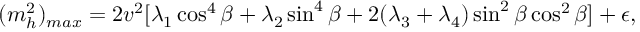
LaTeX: ( m _ { h } ^ { 2 } ) _ { m a x } = 2 v ^ { 2 } [ \lambda _ { 1 } \cos ^ { 4 } \beta + \lambda _ { 2 } \sin ^ { 4 } \beta + 2 ( \lambda _ { 3 } + \lambda _ { 4 } ) \sin ^ { 2 } \beta \cos ^ { 2 } \beta ] + \epsilon ,